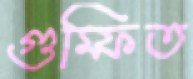
গুম্ফিত